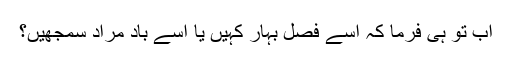
اب تو ہی فرما کہ اسے فصل بہار کہیں یا اسے باد مراد سمجھیں؟